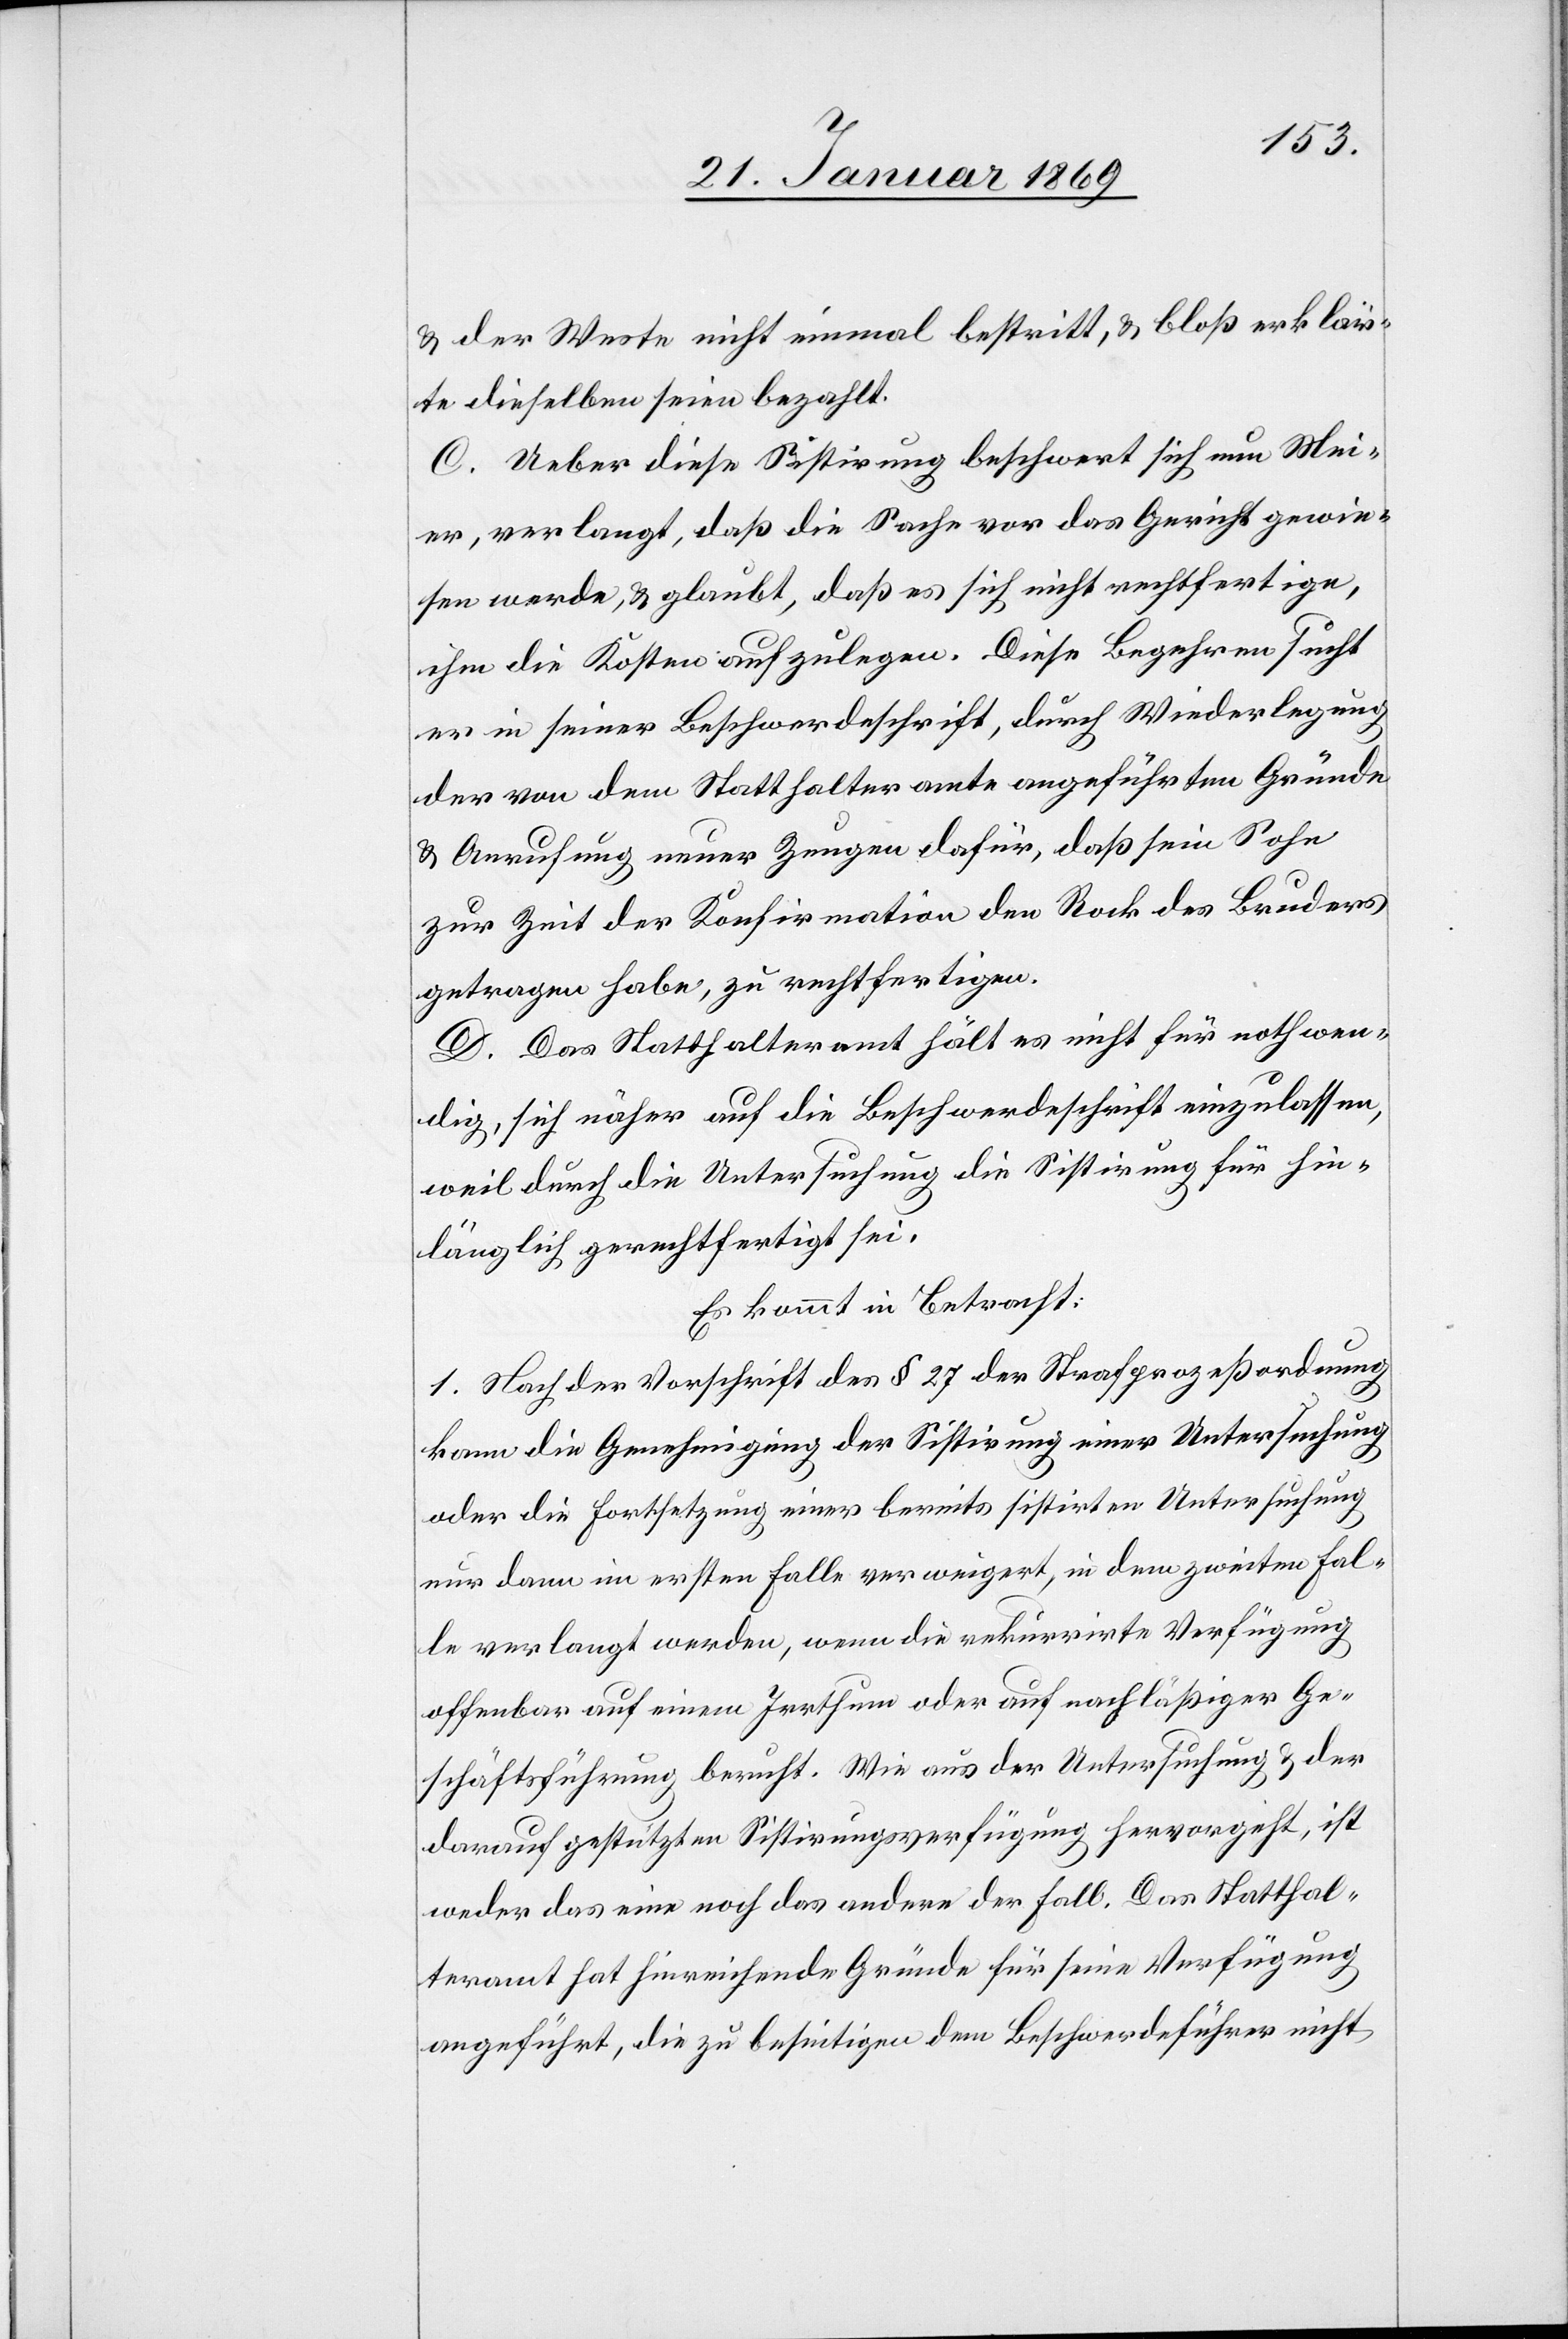
& der Weste nicht einmal bestritt, & bloß erklär¬
te dieselben seien bezahlt.
C. Ueber diese Sistirung beschwert sich nun Mei¬
er, verlangt, daß die Sache vor das Gericht gewie¬
sen werde, & glaubt, daß es sich nicht rechtfertige,
ihm die Kosten aufzulegen. Diese Begehren sucht
er in seiner Beschwerdeschrift, durch Wiederlegung
der von dem Statthalteramte angeführten Gründe
& Anrufung neuer Zeugen dafür, daß sein Sohn
zur Zeit der Konfirmation den Rock des Bruders
getragen habe, zu rechtfertigen.
D. Das Statthalteramt hält es nicht für nothwen¬
dig, sich näher auf die Beschwerdeschrift einzulassen,
weil durch die Untersuchung die Sistirung für hin¬
länglich gerechtfertigt sei.
Es kommt in Betracht:
1. Nach der Vorschrift des § 27 des Strafprozeßordnung
kann die Genehmigung der Sistirung einer Untersuchung
oder die Fortsetzung einer bereits sistirten Untersuchung
nur dann im ersten Falle verweigert, in dem zweiten Fal¬
le verlangt werden, wenn die rekurrirte Verfügung
offenbar auf einen Irrthum oder auf nachläßiger Ge¬
schäftsführung beruht. Wie aus der Untersuchung & der
darauf gestützten Sistirungsverfügung hervorgeht, ist
weder das eine noch das andere der Fall. Das Statthal¬
teramt hat hinreichende Gründe für seine Verfügung
angeführt, die zu beseitigen dem Beschwerdeführer nicht